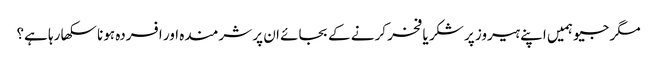
مگر جیو ہمیں اپنے ہیروز پر شکر یا فخر کرنے کے بجائے ان پر شرمندہ اور افسردہ ہونا سکھا رہا ہے؟